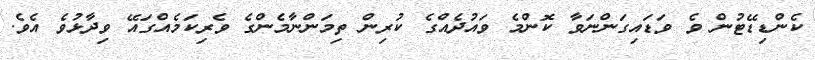
ކެންޑިޑޭޓުން ވެ ވަޑައިގަންނަވާ ކޮންމެ ވައުދެއްގެ ކުރިން ތިމަންނާމެންގެ ވެރިކަމެއްގައޭ ވިދާޅުވެ އެވެ.